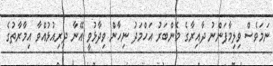
ނަމަވެސް ވިލިމާފަންނު ދާއިރާގެ މެންބަރު އަހްމަދު ނިހާން ވިދާޅުވީ އޭނާ ދިރިއުޅުއްވާ އިމާރާތުގެ